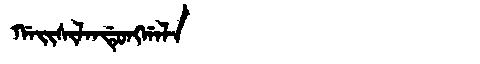
Manchu: ᡤᠠᡳᠰᡳᠯᠠᠨᡩᡠᠩᡤᠠᠯᠠ
Romanization: GAISILANDUNGGALA